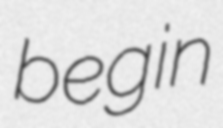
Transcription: begin